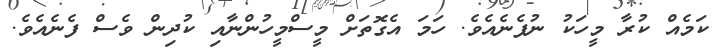
ކަމެއް ކުރާ މީހަކު ނުފެނެއެވެ. ހަމަ އެގޮތަށް މީސްމީހުންނާއި ކުދިން ވެސް ފެނެއެވެ.